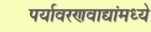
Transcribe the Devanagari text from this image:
पर्यावरणवाद्यांमध्ये